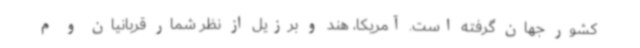
کشور جهان گرفته است. آمریکا، هند و برزیل از نظر شمار قربانیان و م